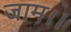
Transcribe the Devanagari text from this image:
जाम।।